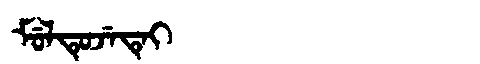
Manchu: ᠮᡠᠯᡨᡠᠵᡝᡨᡝᡳ
Romanization: MULTUJETEI